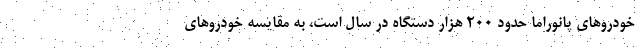
خودروهای پانوراما حدود ۲۰۰ هزار دستگاه در سال است، به مقایسه خودروهای